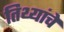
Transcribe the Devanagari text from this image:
तिथ्यांचे